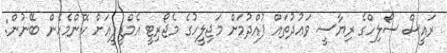
ރައީސް ސޯލިހްގެ ރިޔާސީ ވަޢުދުތައް ފުއްދުމަށް މަޖިލީހުގެ މެޖޯރިޓީ އެމްޑީޕީއަށް ކޮންމެހެން ބޭނުން: